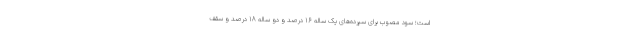
است؛ سود مصوب برای سپرده‌های یک ساله ۱۶ درصد و دو ساله ۱۸ درصد و سقف